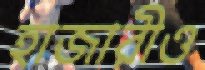
হাজারীও